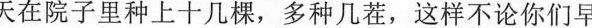
天在院子里种上十几棵，多种几茬，这样不论你们早